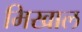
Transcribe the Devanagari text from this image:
मिखाल